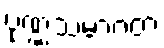
ပုဏ္ဏသမာဂတံ